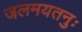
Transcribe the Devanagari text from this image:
जलमयतनुः